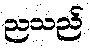
ညသည်